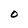
Character: O